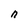
Character: n